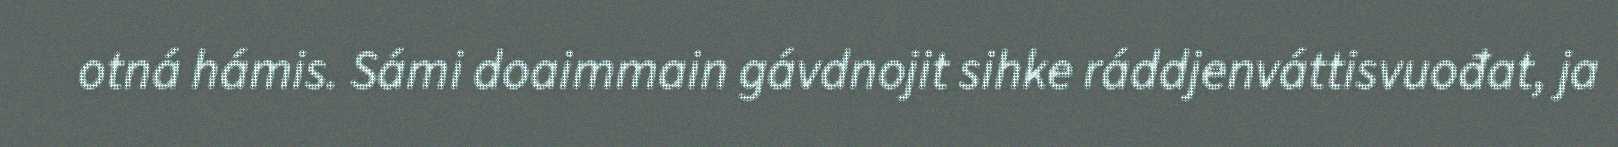
otná hámis. Sámi doaimmain gávdnojit sihke ráddjenváttisvuođat, ja